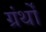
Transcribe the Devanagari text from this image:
ग्रंर्थों